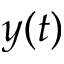
y ( t )